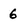
Character: 6